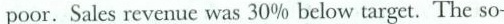
poor. Sales revenue was 30% below target. The so-